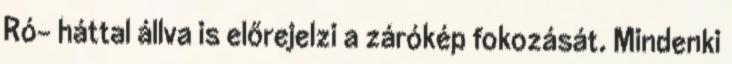
Ró- háttal állva is előrejelzi a zárókép fokozását. Mindenki